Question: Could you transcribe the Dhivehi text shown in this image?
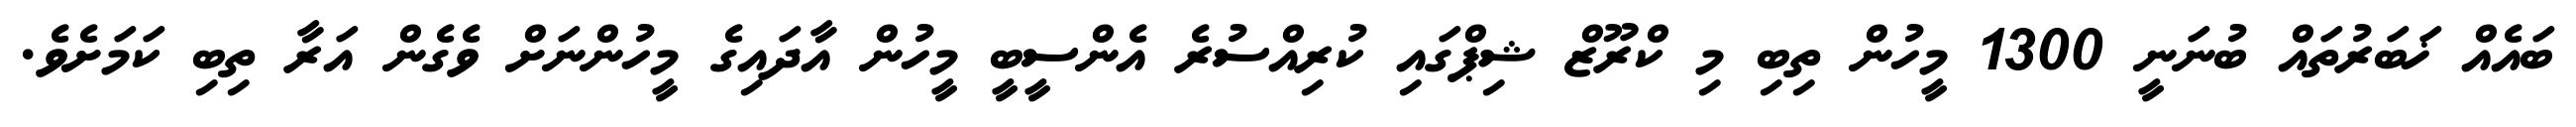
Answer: ބައެއް ޚަބަރުތައް ބުނަނީ 1300 މީހުން ތިބި މި ކްރޫޒް ޝިޕްގައި ކުރިއްސުރެ އެންސީބީ މީހުން އާދައިގެ މީހުންނަށް ވެގެން އަރާ ތިބި ކަމަށެވެ.